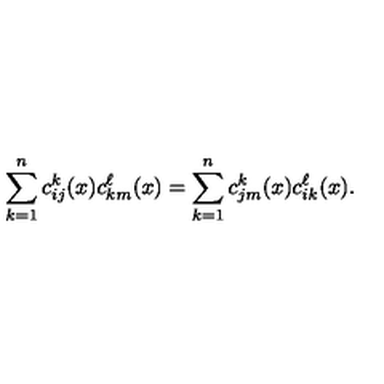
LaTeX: \sum _ { k = 1 } ^ { n } c _ { i j } ^ { k } ( x ) c _ { k m } ^ { \ell } ( x ) = \sum _ { k = 1 } ^ { n } c _ { j m } ^ { k } ( x ) c _ { i k } ^ { \ell } ( x ) .